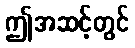
ဤအဆင့်တွင်